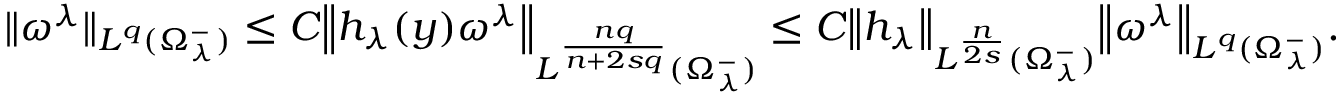
{ \| \omega ^ { \lambda } \| } _ { L ^ { q } ( \Omega _ { \lambda } ^ { - } ) } \leq C { \left\| h _ { \lambda } ( y ) \omega ^ { \lambda } \right\| } _ { L ^ { \frac { n q } { n + 2 s q } } ( \Omega _ { \lambda } ^ { - } ) } \leq C { \left\| h _ { \lambda } \right\| } _ { L ^ { \frac { n } { 2 s } } ( \Omega _ { \lambda } ^ { - } ) } { \left\| \omega ^ { \lambda } \right\| } _ { L ^ { q } ( \Omega _ { \lambda } ^ { - } ) } .